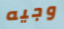
وجيه